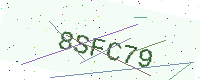
Text: 8SFC79